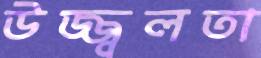
উজ্জ্বলতা